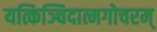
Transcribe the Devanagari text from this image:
यत्किञ्चिदात्मगोचरम्